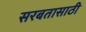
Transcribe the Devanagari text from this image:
सरबतासाठी